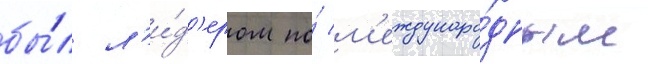
бы́л л'и́д'ером по́ м'еждунаро́дным